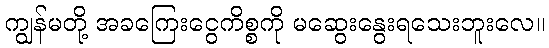
ကျွန်မတို့ အခကြေးငွေကိစ္စကို မဆွေးနွေးရသေးဘူးလေ။